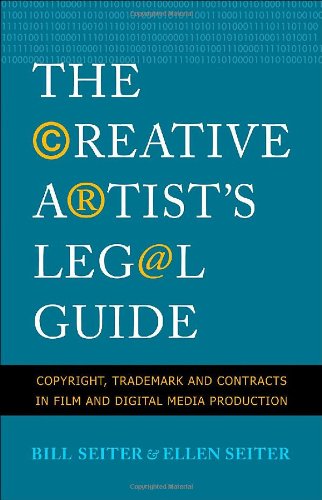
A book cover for The Creative Artist's Legal Guide: Copyright, Trademark and Contracts in Film and Digital Media Production; Bill Seiter; Law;